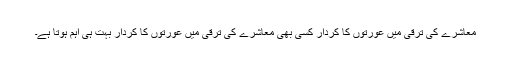
معاشرے کی ترقی میں عورتوں کا کردار کسی بھی معاشرے کی ترقی میں عورتوں کا کردار بہت ہی اہم ہوتا ہے۔